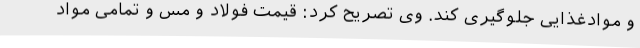
و موادغذایی جلوگیری کند. وی تصریح کرد: قیمت فولاد و مس و تمامی مواد